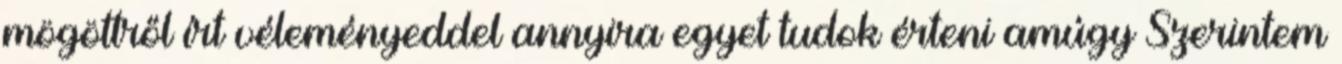
mögöttről írt véleményeddel annyira egyet tudok érteni amúgy Szerintem